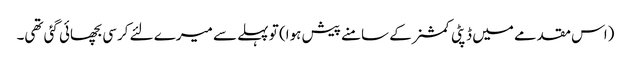
(اس مقدمے میں ڈپٹی کمشنر کے سامنے پیش ہوا) تو پہلے سے میرے لئے کرسی بچھائی گئی تھی۔